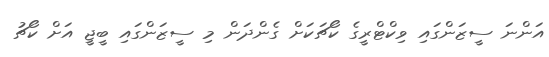
އަންނަ ސީޒަންގައި ވިކްޓްރީގެ ކޯޗަކަށް ގެންދަން މި ސީޒަންގައި ބީޖީ އަށް ކޯޗު